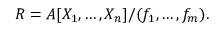
R = A [ X _ { 1 } , \ldots , X _ { n } ] / ( f _ { 1 } , \ldots , f _ { m } ) .